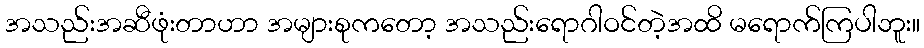
အသည်းအဆီဖုံးတာဟာ အများစုကတော့ အသည်းရောဂါဝင်တဲ့အထိ မရောက်ကြပါဘူး။